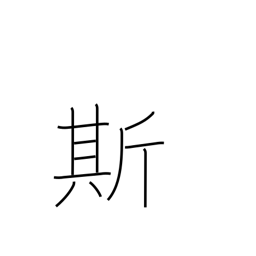
Meaning: verbal pause